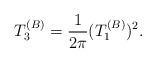
LaTeX: \begin{align*}T_3^{(B)} = { 1\over 2\pi} (T_1^{(B)})^2. \end{align*}